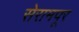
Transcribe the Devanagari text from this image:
सेरामपूर